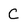
Character: C